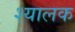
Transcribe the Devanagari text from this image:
श्यालक